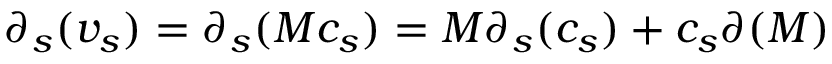
\partial _ { s } ( v _ { s } ) = \partial _ { s } ( M c _ { s } ) = M \partial _ { s } ( c _ { s } ) + c _ { s } \partial ( M )